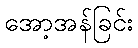
အော့အန်ခြင်း